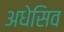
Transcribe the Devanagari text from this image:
अधेसिव